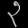
Digit: ၃